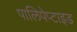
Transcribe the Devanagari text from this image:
पालिपेप्टाइड